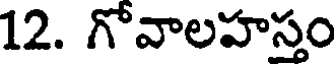
12. గోవాలహస్తం